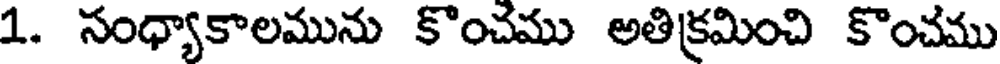
1. సంధ్యాకాలమును కొంచము అతిక్రమించి కొంచము